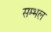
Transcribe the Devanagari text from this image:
सम्‍भल